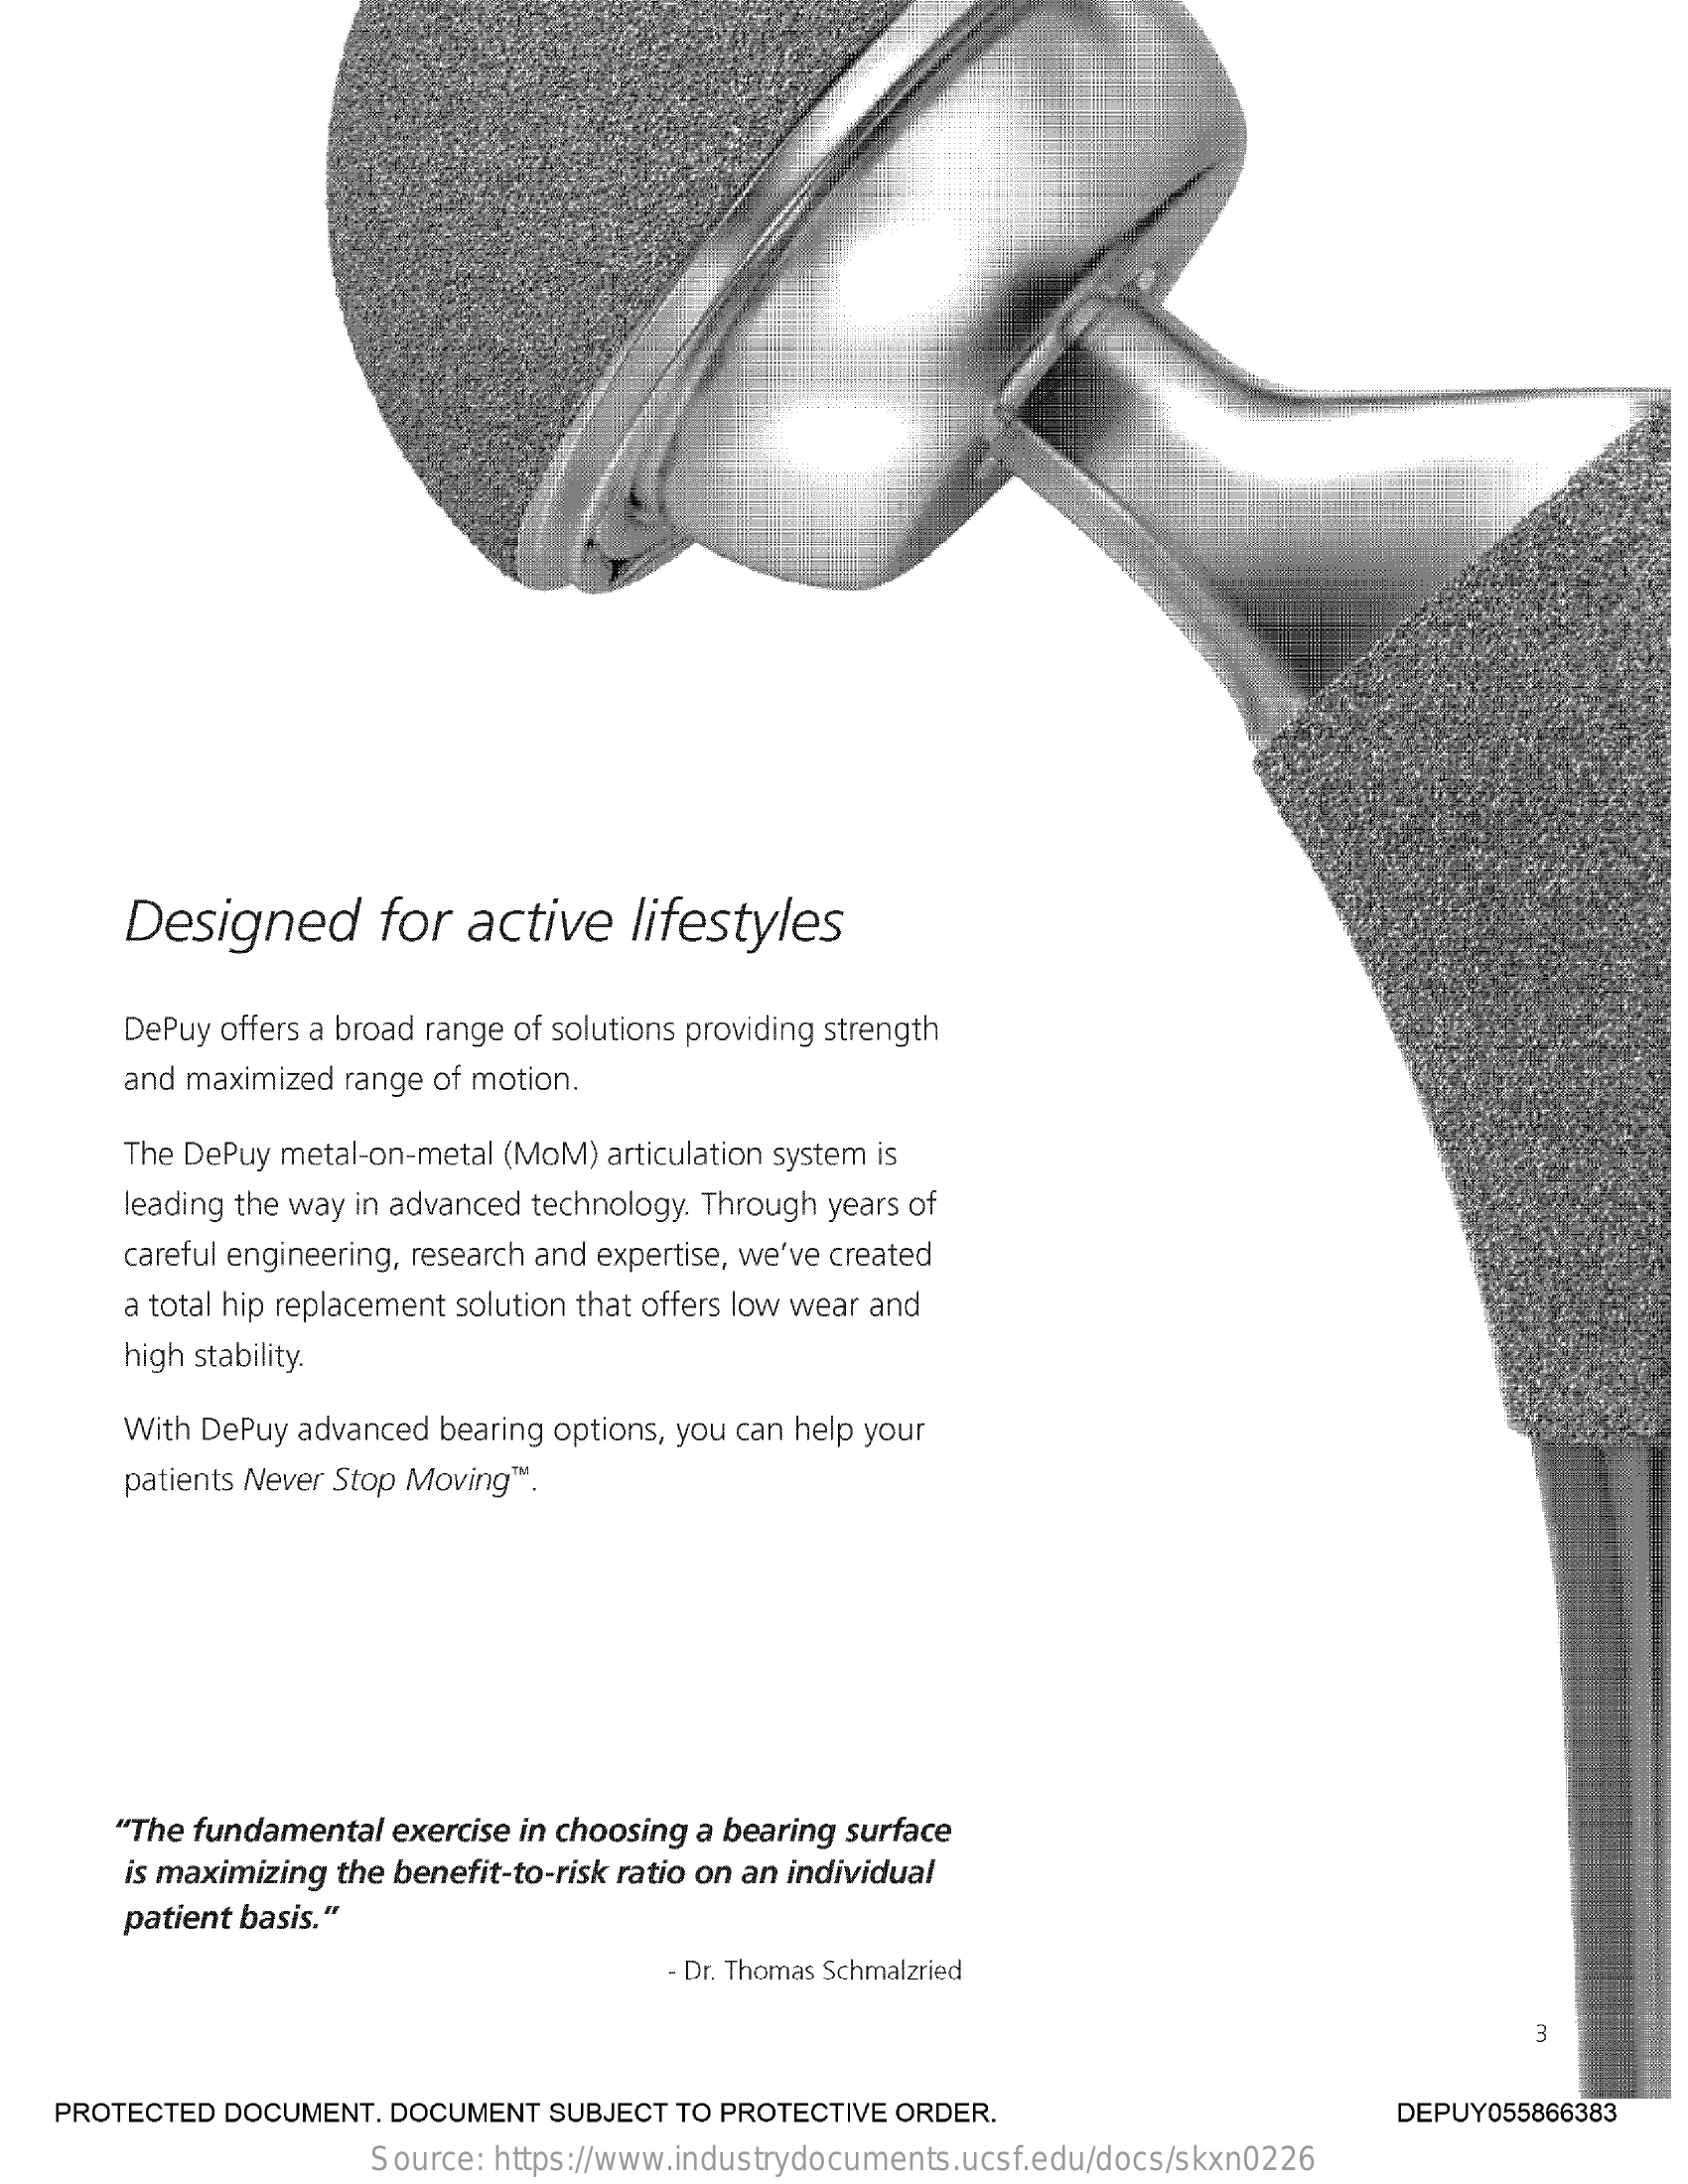
Designed  for active lifestyles
     DePuy offers a broad range of solutions providing strength
     and maximized range of motion.
     The DePuy metal-on-metal (MoM) articulation system is
     leading the way in advanced technology. Through years of
     careful engineering, research and expertise, we've created
     a total hip replacement solution that offers low wear and
     high stability.
     With DePuy advanced bearing options, you can help your
     patients Never Stop Moving ™ .
     "The fundamental exercise in choosing a bearing surface
     is maximizing the benefit-to-risk ratio on an individual
     patient basis."
     - Dr. Thomas Schmalzried
     m
   PROTECTED DOCUMENT. DOCUMENT SUBJECT TO PROTECTIVE ORDER. DEPUY055866383
     Source: https://www.industrydocuments.ucsf.edu/docs/skxn0226